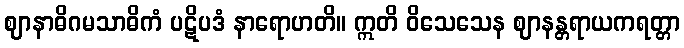
ဈာနာဓိဂမသာဓိကံ ပဋိပဒံ နာရောဟတိ။ ဣတိ ဝိသေသေန ဈာနန္တရာယကရတ္တာ